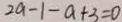
2 a - 1 - a + 3 = 0